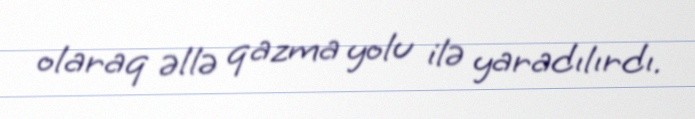
olaraq əllə qazma yolu ilə yaradılırdı.